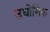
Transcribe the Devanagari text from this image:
उधोगिक